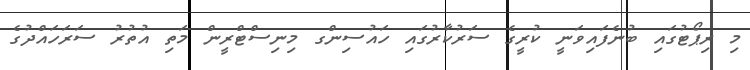
މި ރިޕޯޓުގައި ބުނެފައިވަނީ ކުރީގެ ސަރުކާރުގައި ހައުސިންގ މިނިސްޓްރީން މަތި އުތުރު ސަރަހައްދުގެ